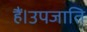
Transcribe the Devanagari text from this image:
हैं।उपजाति